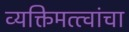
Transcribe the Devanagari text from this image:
व्यक्तिमत्त्वांचा